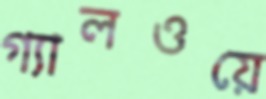
গ্যালওয়ে